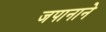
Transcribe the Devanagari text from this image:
जपानाने